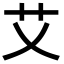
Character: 艾